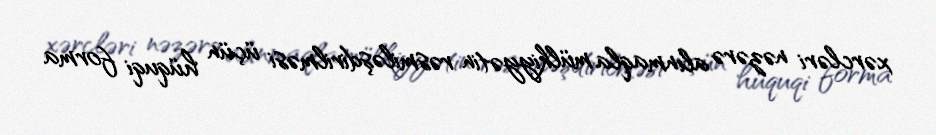
xərcləri nəzərə alınmaqla mülkiyyətin rəsmiləşdirilməsi üçün hüquqi forma